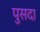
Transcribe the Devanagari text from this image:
पुसदा